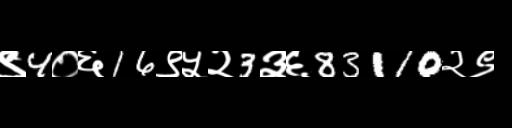
Text: ९4०६16९५२3३६83110२९